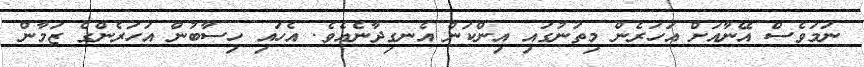
ނަމަވެސް އޭނާއަށް އަހަރެން މިތަނުގައި އިންކަން އެނގިދާނެއެވެ. އެހައި ހިސާބުން އަހަރެންގެ ޒަމާން